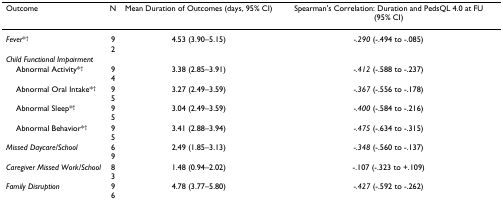
<table><thead><tr><td><b>Outcome</b></td><td><b>N</b></td><td><b>Mean Duration of Outcomes (days, 95% CI)</b></td><td><b>Spearman&#x27;s Correlation: Duration and PedsQL 4.0 at FU (95% CI)</b></td></tr></thead><tbody><tr><td><i>Fever</i>*<sup>†</sup></td><td>92</td><td>4.53 (3.90–5.15)</td><td><i>-.290 </i>(-.494 to -.085)</td></tr><tr><td><i>Child Functional Impairment</i></td><td></td><td></td><td></td></tr><tr><td> Abnormal Activity*<sup>†</sup></td><td>94</td><td>3.38 (2.85–3.91)</td><td><i>-.412 </i>(-.588 to -.237)</td></tr><tr><td> Abnormal Oral Intake*<sup>†</sup></td><td>95</td><td>3.27 (2.49–3.59)</td><td><i>-.367 </i>(-.556 to -.178)</td></tr><tr><td> Abnormal Sleep*<sup>†</sup></td><td>95</td><td>3.04 (2.49–3.59)</td><td><i>-.400 </i>(-.584 to -.216)</td></tr><tr><td> Abnormal Behavior*<sup>†</sup></td><td>95</td><td>3.41 (2.88–3.94)</td><td><i>-.475 </i>(-.634 to -.315)</td></tr><tr><td><i>Missed Daycare/School</i></td><td>69</td><td>2.49 (1.85–3.13)</td><td><i>-.348 </i>(-.560 to -.137)</td></tr><tr><td><i>Caregiver Missed Work/School</i></td><td>83</td><td>1.48 (0.94–2.02)</td><td>-.107 (-.323 to +.109)</td></tr><tr><td><i>Family Disruption</i></td><td>96</td><td>4.78 (3.77–5.80)</td><td><i>-.427 </i>(-.592 to -.262)</td></tr></tbody></table>